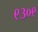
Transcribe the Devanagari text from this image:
९३०९